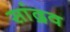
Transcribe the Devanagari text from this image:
सांद्रव